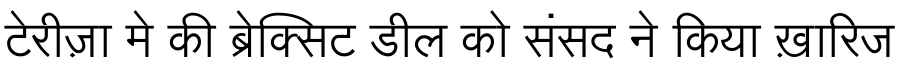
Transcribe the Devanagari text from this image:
टेरीज़ा मे की ब्रेक्सिट डील को संसद ने किया ख़ारिज